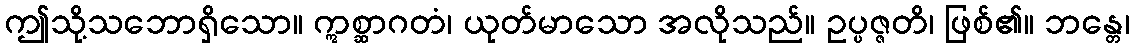
ဤသို့သဘောရှိသော။ ဣစ္ဆာဂတံ၊ ယုတ်မာသော အလိုသည်။ ဥပ္ပဇ္ဇတိ၊ ဖြစ်၏။ ဘန္တေ၊